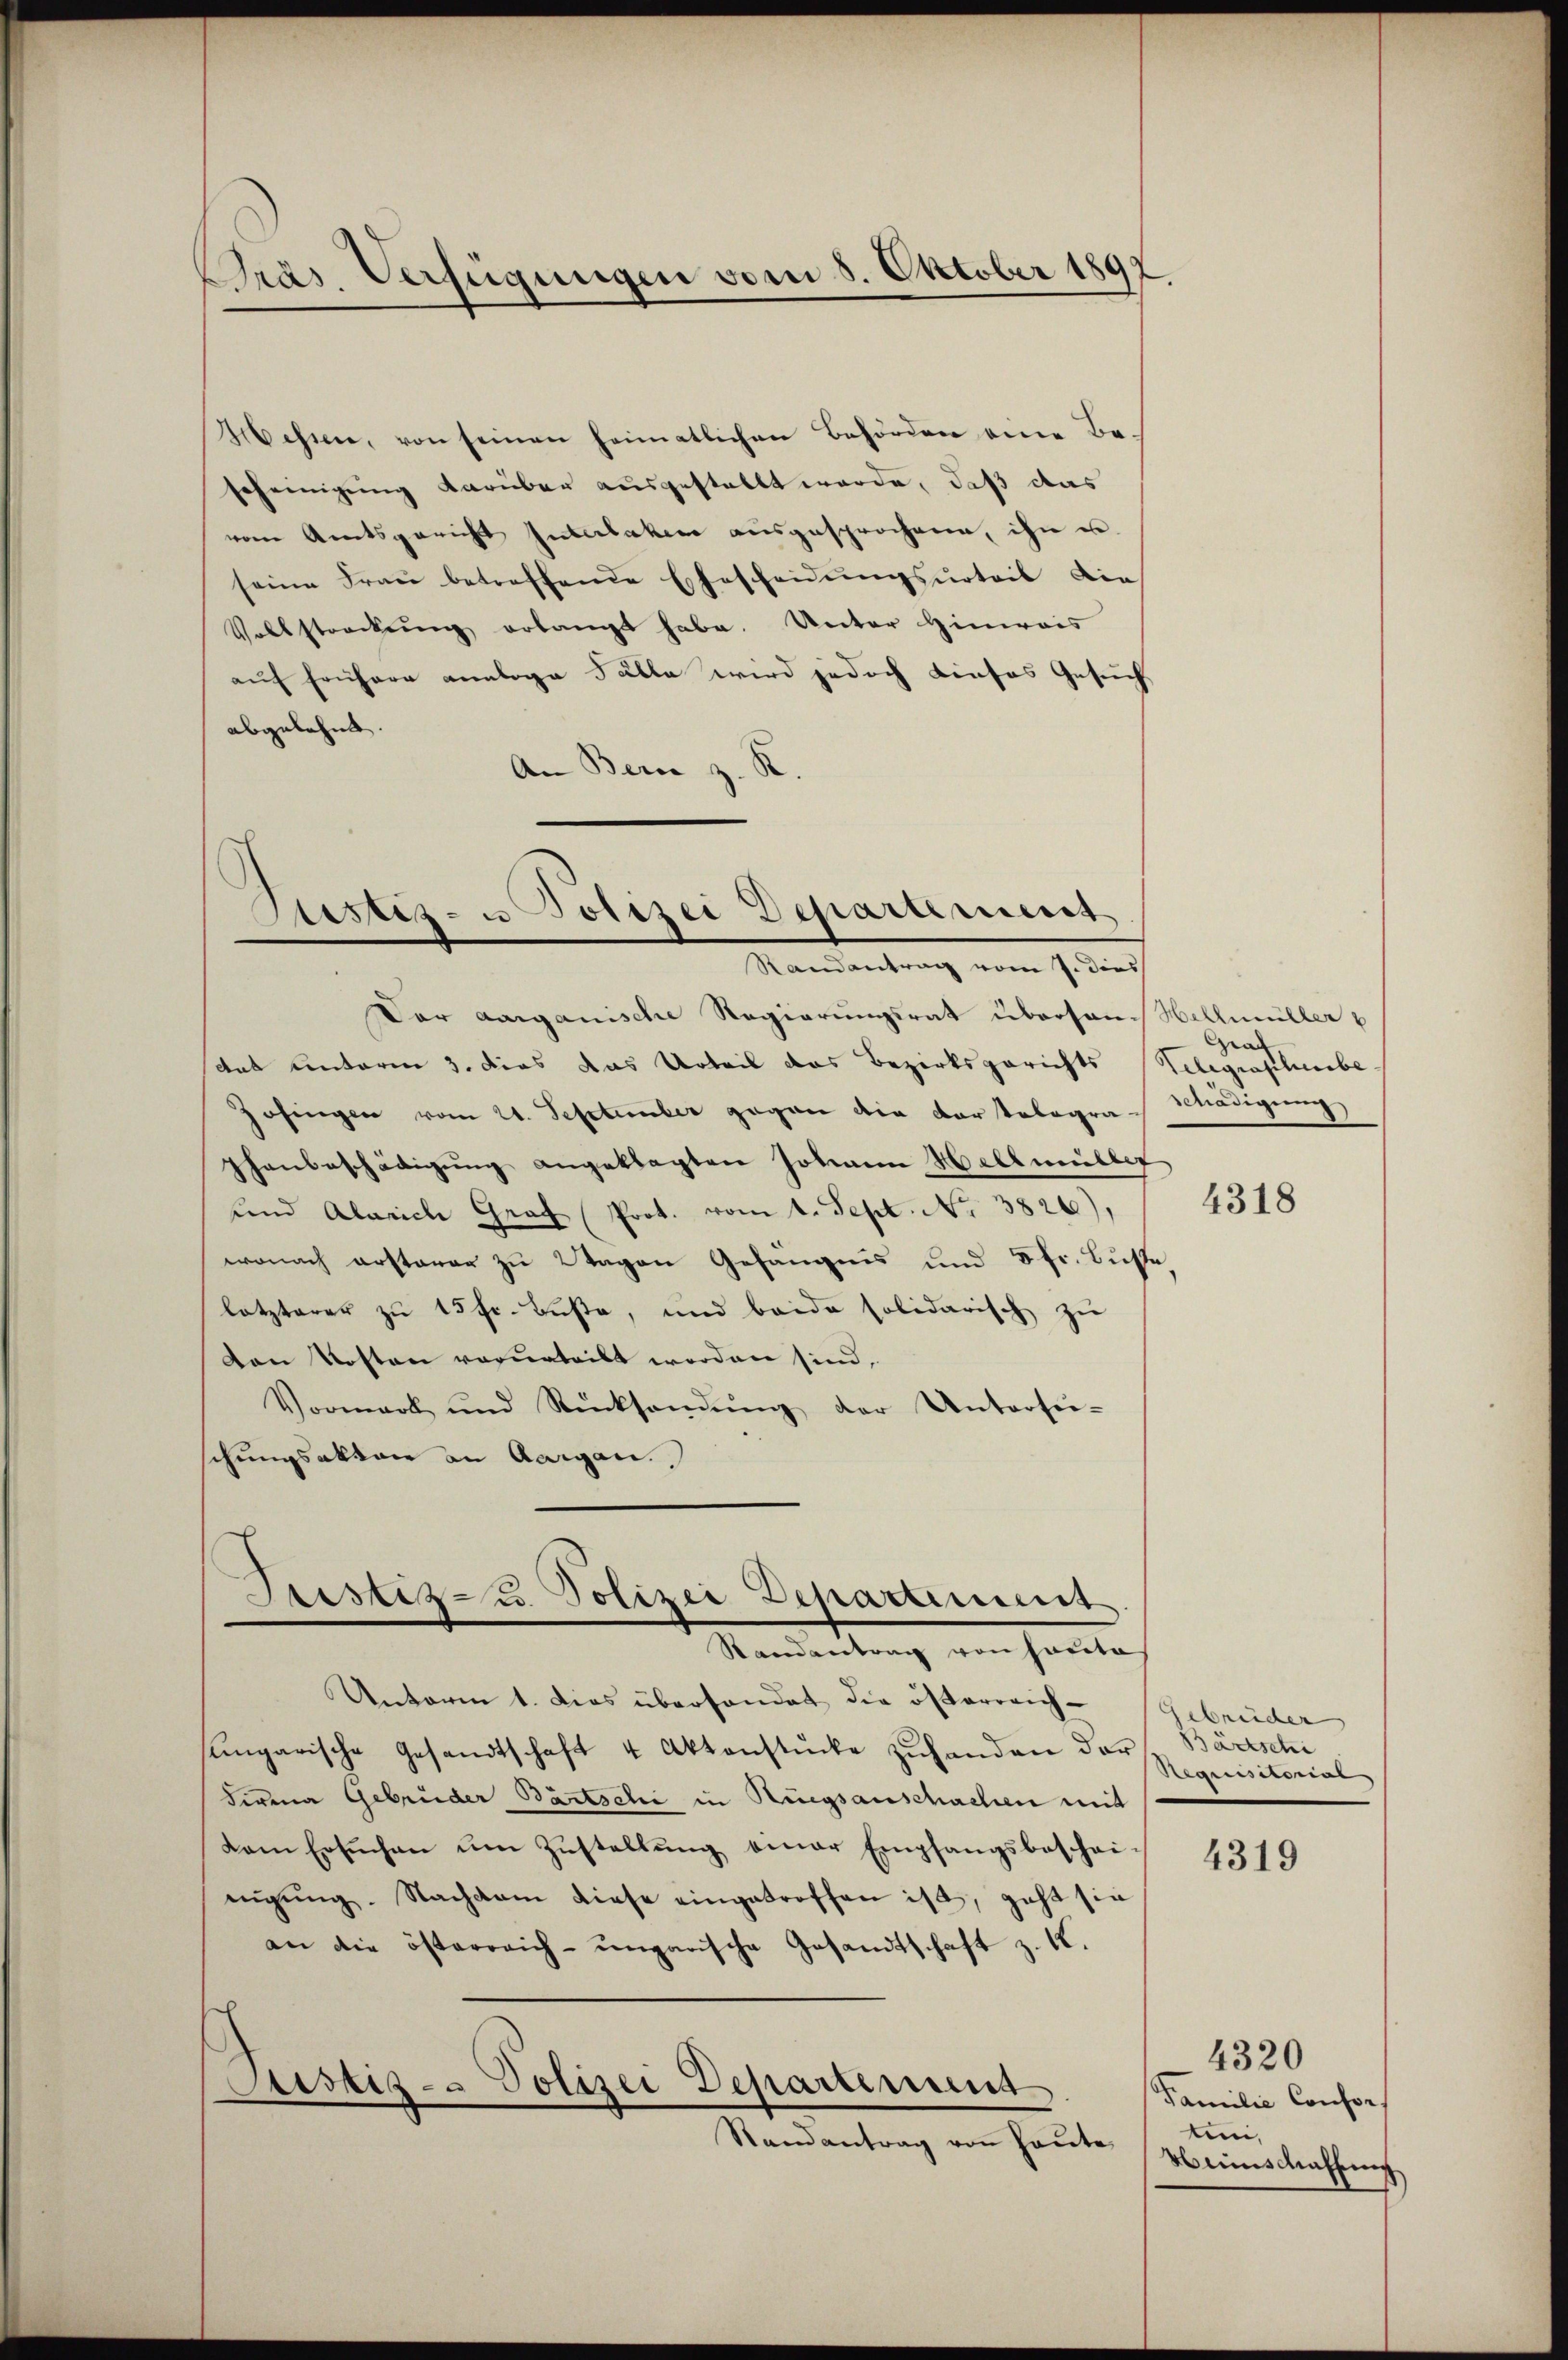
Messen, von seinen heimatlichen Behörden eine Be-
scheinigung darüber ausgestallt werde, daß das
vom Amtsgericht Interlaken ausgesprochene, ihn u.
seine Frau betreffende Ehescheidungsurteil die
Vollstreckung erlangt habe. Unter Hinweis
auf frühere analoge Fälle wird jedoch dieses Gesuch
abgelehnt.
An Bern z. R.

Pras. Verfügungen vom 8. Oktober 1892

Sistiz- u Polizei Departement
Randantrag vom 7. dies

Justiz- u. Polizei Departiment
Randantrag von hatte

Der aarganische Regierungsrat überson. Hellmüller v
dat unterm 3. dies das Urteil das Bezirksgerichts Belegraphenbe
Zofingen vom 21. September gegen die dortologra-nädigung
Thaubeschädigŭng angeklagten Johann Hellmüller
und Alarich Graf Prot. vom 1. Sept. No. 3826),
wonach ersterer zu Wagen Gefängnis und 5 fr. Busse
letzterer zu 15 fr. Buße, und beide solidarisch zu
Den Kosten verurteilt worden sind,
Vormark und Rücksanŭng der Untersu-
chungsaktor an Aargau.,

Unterm 1. Dies überhandet die österreich-
sungarische Gesandtschaft 4 Aktenstücke zuhanden der Bartschi
Firena Gebrüder Bätschi in Singsanschachen mit
dem Ersŭchen ŭm Zŭstellŭng einer Empfangsbeschei-
migŭng. Nachdem diese eingetroffen ist, geht sie
an die österreich-ungarische Gesandtschaft z. K.
Stistiz- & Polizei Departement
Randantrag von Haute

Gra

4318

Gebrüder
85

4319

4320
Familie Consor
tini,
Heimschaffung